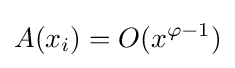
A(x_{i})=O(x^{\varphi -1})